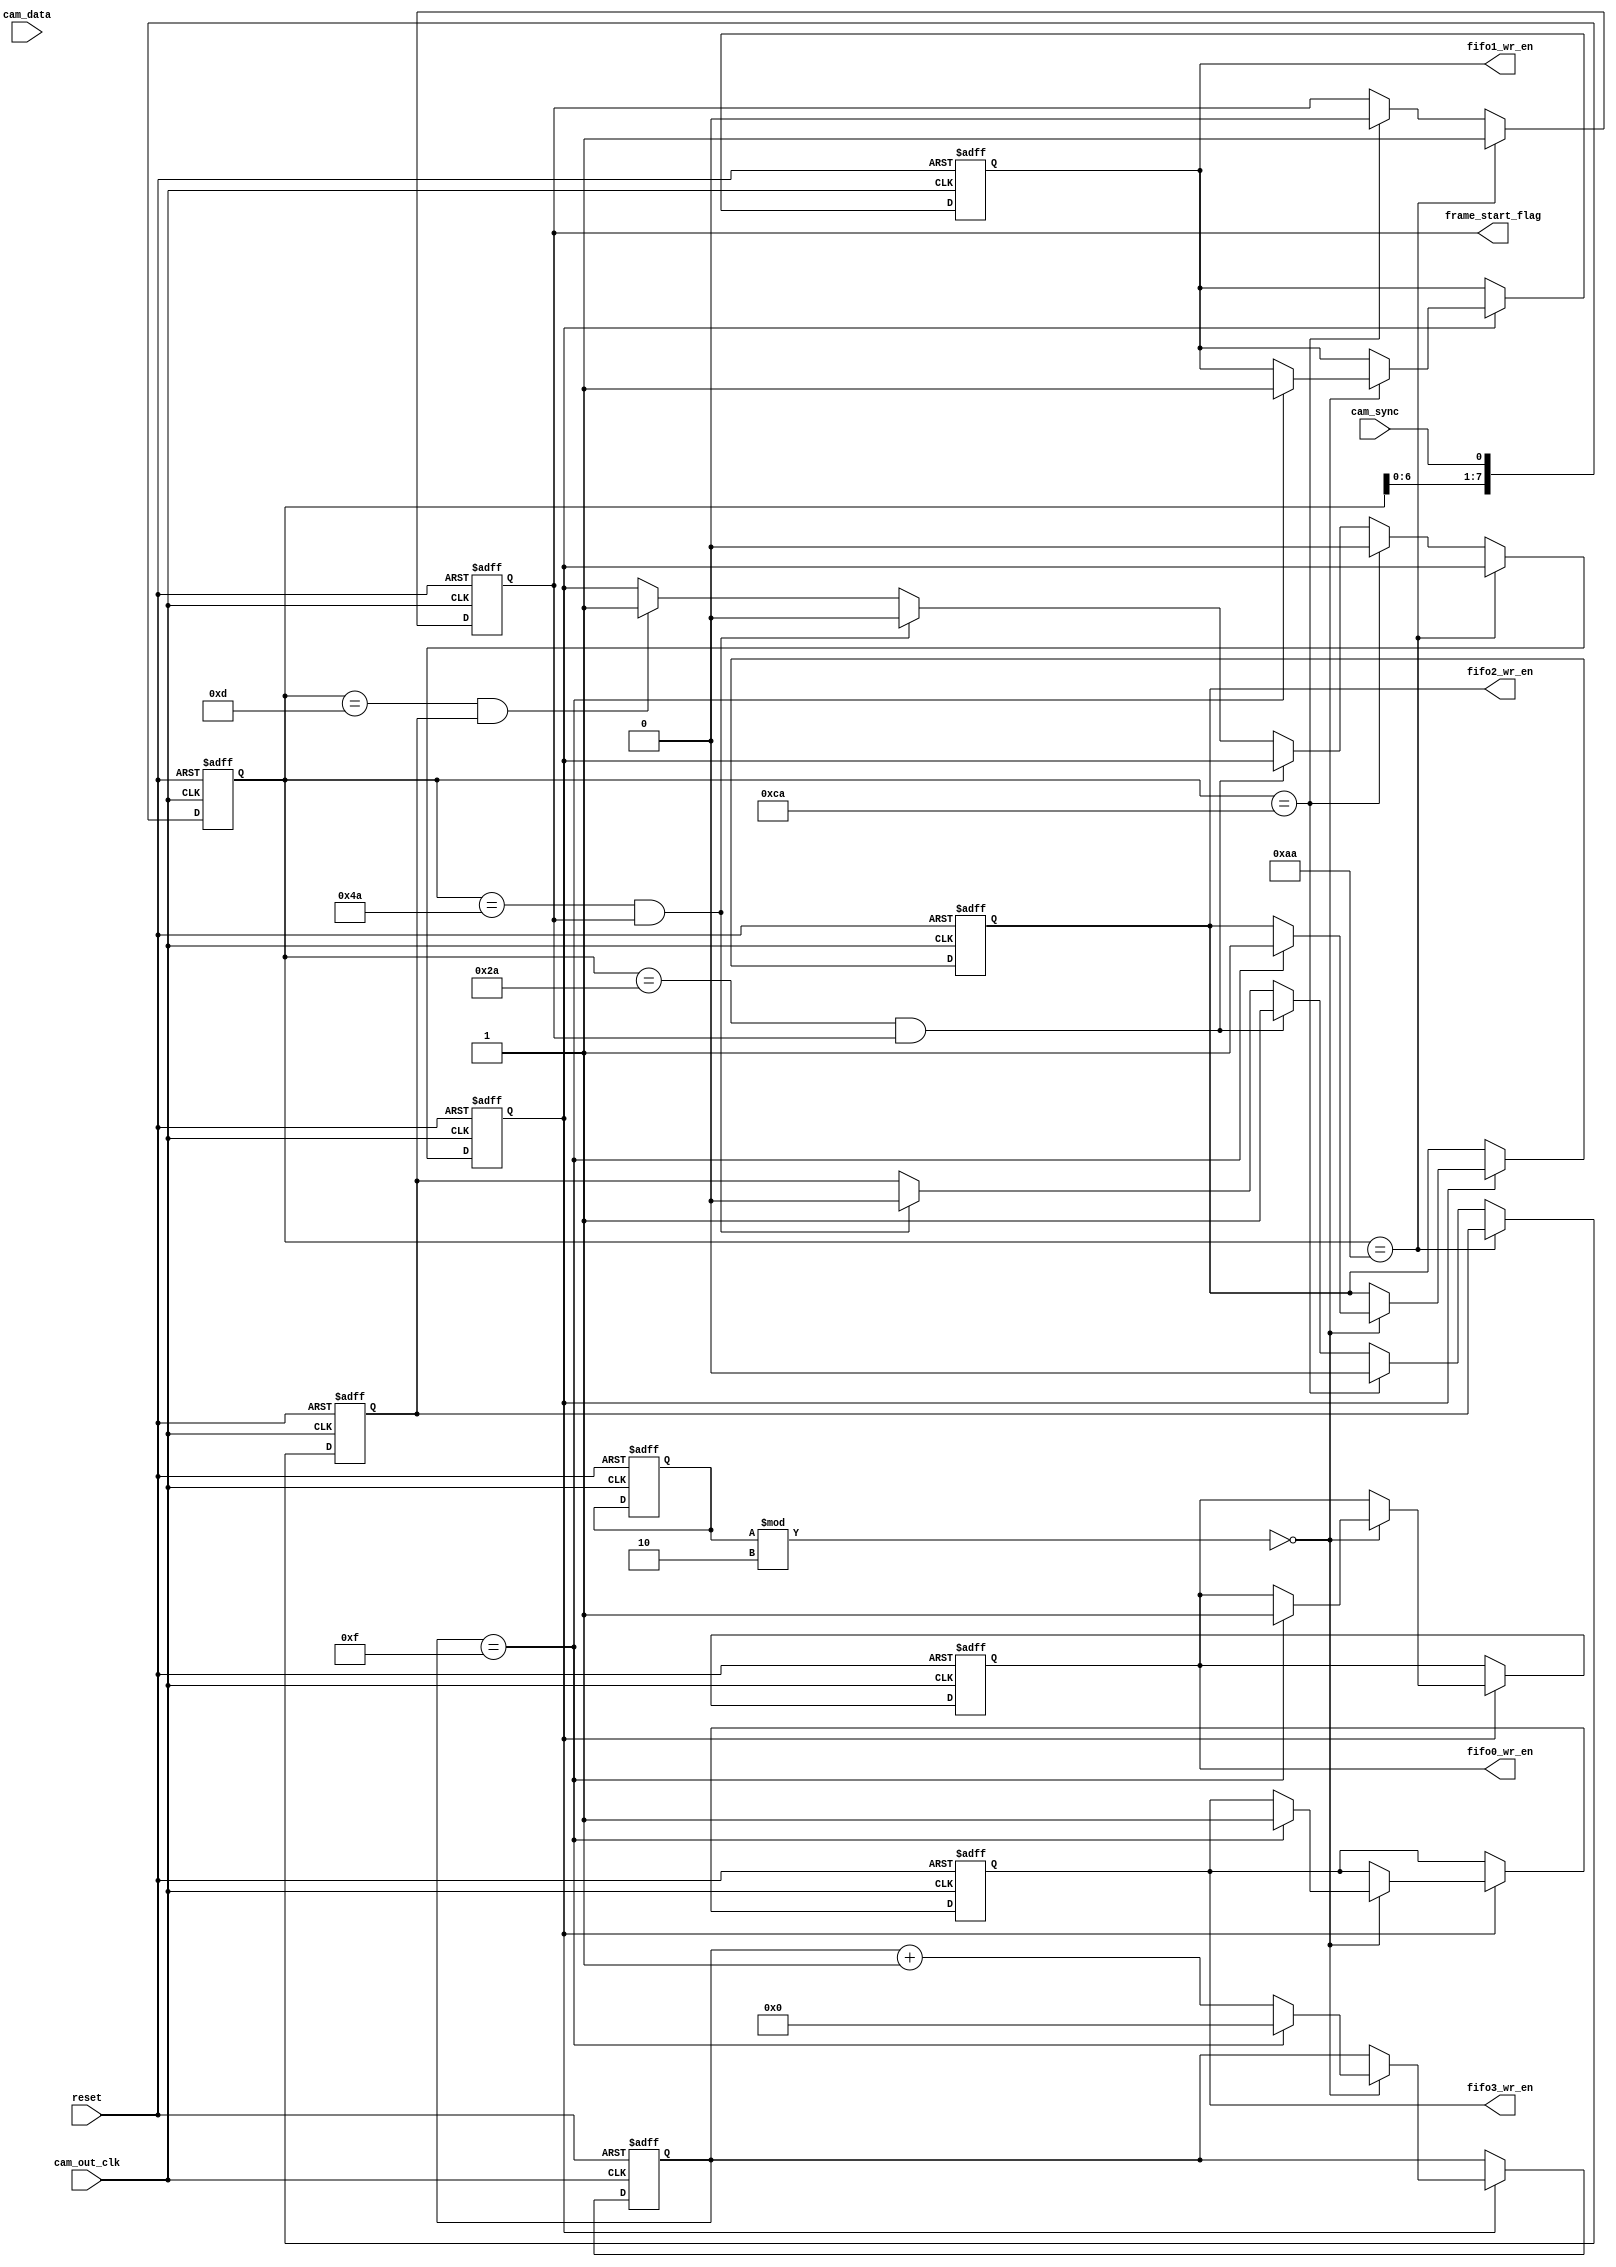
module image_decoder(
input reset,
input cam_out_clk,
input cam_sync,
input[3:0] cam_data,

output frame_start_flag,
output fifo0_wr_en,
output fifo1_wr_en,
output fifo2_wr_en,
output fifo3_wr_en
    );
	 
reg[7:0] received_sync_data;
reg[7:0] received_sync_data_r;
reg[7:0] clk_cnt;

reg frame_start_flag;
reg line_start_flag;
reg img_data_flag;
reg[31:0] kernel_cnt;
reg[7:0] receive_bit_data_cnt;
reg[15:0] rec_chan0_data;
reg[15:0] rec_chan1_data;
reg[15:0] rec_chan2_data;
reg[15:0] rec_chan3_data;

reg fifo0_wr_en;
reg fifo1_wr_en;
reg fifo2_wr_en;
reg fifo3_wr_en;

reg[7:0] test_cnt;
(*KEEP="TRUE"*)reg test_sync;

//ģڲsyncϲFSFEź
always @(posedge cam_out_clk or posedge reset)
begin
	if(reset)
		begin
			test_cnt <= 0;
			test_sync <= 0;
		end
	else
		begin
			if(test_cnt == 255)
				begin
					test_cnt <= 0;
				end
			else
				begin
					test_cnt <= test_cnt+1;
					if((test_cnt==0)||(test_cnt==2)||(test_cnt==4)||(test_cnt==6)||(test_cnt==8)||(test_cnt==36)
						||(test_cnt==37)||(test_cnt==40)||(test_cnt==42)||(test_cnt==44))
						begin
							test_sync <= 1;
						end
					else
						begin
							test_sync <= 0;
						end
				end
		end
end

always @(posedge cam_out_clk or posedge reset)
begin
	if(reset)
		begin
			received_sync_data <= 0;
			received_sync_data_r <= 0;
			clk_cnt <= 0;
			frame_start_flag <= 0;
			line_start_flag <= 0;
			img_data_flag <= 0;
		end
	else
		begin
			received_sync_data <= {received_sync_data[6:0],cam_sync};
			if(received_sync_data == 16'hAA)  //Frame_start
				begin
					frame_start_flag <= 1;
				end
			else if(received_sync_data == 16'hCA)  //Frame_end
				begin
					frame_start_flag <= 0;
					line_start_flag <= 0;
					img_data_flag <= 0;
				end
			else if((received_sync_data == 16'h2A) && frame_start_flag)  //Line_start
				begin
					line_start_flag <= 1;
				end
			else if((received_sync_data == 16'h4A) && frame_start_flag)  //Line_end
				begin
					line_start_flag <= 0;
					img_data_flag <= 0;
				end
			else if((received_sync_data == 16'h0D) && line_start_flag)  //IMG
				begin
					img_data_flag <= 1;
				end
		end
end

always @(posedge cam_out_clk or posedge reset)
begin
	if(reset)
		begin
			kernel_cnt <= 0;
			receive_bit_data_cnt <= 0;
			rec_chan0_data <= 0;
			rec_chan1_data <= 0;
			rec_chan2_data <= 0;
			rec_chan3_data <= 0;
			fifo0_wr_en <= 0;
			fifo1_wr_en <= 0;
			fifo2_wr_en <= 0;
			fifo3_wr_en <= 0;
		end
	else
		begin
			if(img_data_flag)
				begin
					if((kernel_cnt%2) == 0)
						begin
							if(receive_bit_data_cnt == 15)
								begin
									rec_chan0_data <= {rec_chan0_data[14:0],cam_data[0]};
									receive_bit_data_cnt <= 0;
									fifo0_wr_en <= 1;
									fifo1_wr_en <= 1;
									fifo2_wr_en <= 1;
									fifo3_wr_en <= 1;
								end
							else
								begin
									rec_chan0_data <= {rec_chan0_data[14:0],cam_data[0]};
									rec_chan1_data <= {rec_chan1_data[14:0],cam_data[1]};
									rec_chan2_data <= {rec_chan2_data[14:0],cam_data[2]};
									rec_chan3_data <= {rec_chan3_data[14:0],cam_data[3]};
									receive_bit_data_cnt <= receive_bit_data_cnt+1;
								end
						end
					else if((kernel_cnt%2) == 1)
						begin
				
						end
				end
			
		end
end		

endmodule